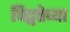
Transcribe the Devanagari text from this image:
विद्वत्तेच्या